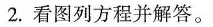
2.看图列方程并解答。